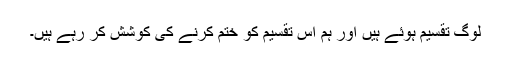
لوگ تقسیم ہوئے ہیں اور ہم اس تقسیم کو ختم کرنے کی کوشش کر رہے ہیں۔